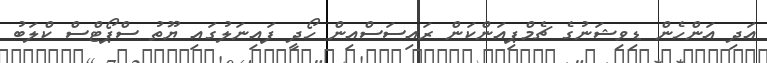
އަދި އަންހެން ޑިވިޝަނުގެ ޗެމްޕިއަންކަން ރައިސަސްއިން ހޯދީ ފައިނަލުގައި ޔޫތު ސްޕޯޓްސް ކްލަބު